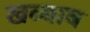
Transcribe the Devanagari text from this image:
खब्बाब